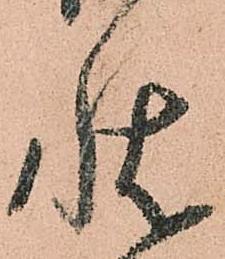
状